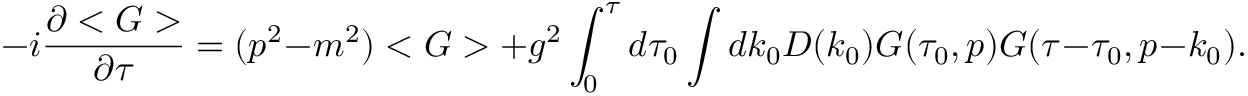
- i \frac { \partial < G > } { \partial \tau } = ( p ^ { 2 } - m ^ { 2 } ) < G > + g ^ { 2 } \int _ { 0 } ^ { \tau } d \tau _ { 0 } \int d k _ { 0 } D ( k _ { 0 } ) G ( \tau _ { 0 } , p ) G ( \tau - \tau _ { 0 } , p - k _ { 0 } ) .